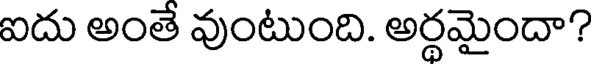
ఐదు అంతే వుంటుంది. అర్థమైందా?